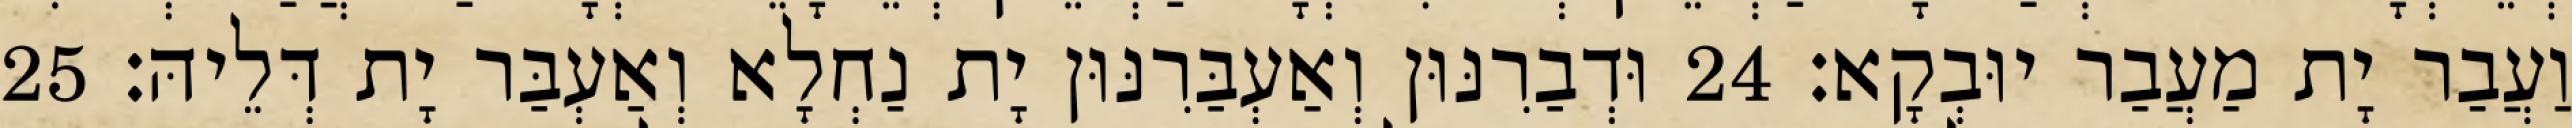
וַעֲבַר יָת מַעֲבַר יוּבְקָא׃ 24 וּדְבַרִנּוּן וְאַעְבַּרִנּוּן יָת נַחְלָא וְאַעְבַּר יָת דְּלֵיהּ׃ 25